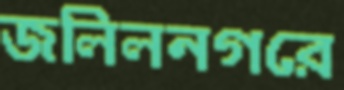
জলিলনগরে